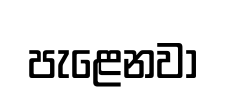
පැළෙනවා